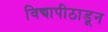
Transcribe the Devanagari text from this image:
विद्यापीठाडून